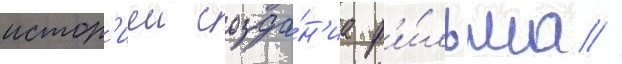
истор'иеи созда́н'иа ф'и́льма //